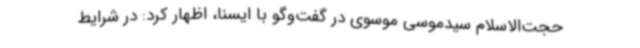
حجت‌الاسلام سیدموسی موسوی در گفت‌وگو با ایسنا، اظهار کرد: در شرایط